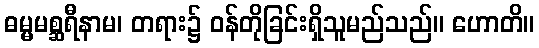
ဓမ္မမစ္ဆရီနာမ၊ တရား၌ ဝန်တိုခြင်းရှိသူမည်သည်။ ဟောတိ။